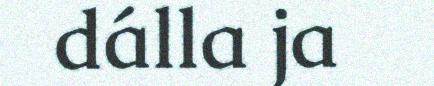
dálla ja